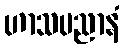
ဟာသပညာနံ